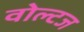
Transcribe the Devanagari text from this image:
वोल्टज